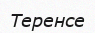
Теренсе